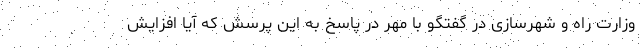
وزارت راه و شهرسازی در گفتگو با مهر در پاسخ به این پرسش که آیا افزایش